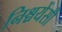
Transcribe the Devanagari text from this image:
निश्चयेंसी